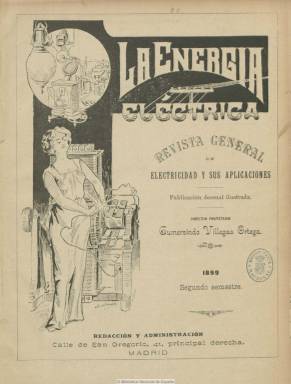
Título: La Energía eléctrica
Colección: Industria
Ámbito geográfico: Madrid
Lugar de publicación: Madrid
Fechas: 01/01/1899-25/09/1933

Comienza a publicarse en julio de 1899, con el subtítulo “revista general de electricidad y sus aplicaciones”, siendo su fundador, director y propietario Gumersindo Villegas Ortega, oficial mayor del Cuerpo de Telégrafos, y como publicación decenal ilustrada, especializada en electricidad y sus ciencias auxiliares y de carácter práctico, sobre inventos, adelantos y aplicaciones, e industrias relacionadas. Publica artículos de divulgación científica y técnica, e información empresarial, referida a sociedades, centrales y tendidos eléctricos, ferrocarriles, tranvías, automóviles, etc., tanto de ámbito nacional como extranjero. Cuenta con secciones fijas, como Crónica científica, Noticias, Bibliografía, Miscelánea o Sección oficial, así como una especial bajo el epígrafe Telégrafos. Sus textos están profusamente ilustrados con figuras, dibujos, croquis, mapas y fotografías (retratos, maquinaria, productos eléctricos, etc.).

A partir de noviembre de 1900, la publicación introducirá reformas en su elaboración. Aparece como su redactor-presidente, José Echegaray (1832-1916), entonces inspector general del Cuerpo de Ingenieros de Caminos Canales y Puertos, académico de la Lengua y que, en 1904, obtendría el Nobel de Literatura. En su cuadro de redacción aparecen los ingenieros, algunos de ellos militares, José García Benítez (que más tarde asumirá la dirección de la revista), Eduardo Gallego Ramos (que será después redactor jefe), Vicente García Castellón, Blas Gurruchaga, Carlos Requena, Luis Sánchez Cuervo y Arístides Fernández, así como doctores en ciencias y oficiales y jefes del ejército, como Severo Gómez Núñez, Herminio Redondo, Victorino García de la Cruz, Roberto López Barril, Jaime Mitjávila y Eduardo Gallego, además de funcionarios de Telégrafos, como Miguel Pérez Santano y Agustín Boyer. Villegas Ortega, que previamente, en 1897, había dirigido también la revista Electrón, pasa a ser su gerente.